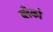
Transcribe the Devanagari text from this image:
ब्लँको